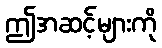
ဤအဆင့်များကို